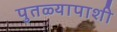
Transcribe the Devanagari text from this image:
पुतळ्यापाशी